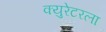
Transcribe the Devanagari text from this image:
क्युरेटरला